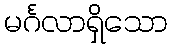
မင်္ဂလာရှိသော